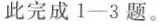
此完成1-3题。